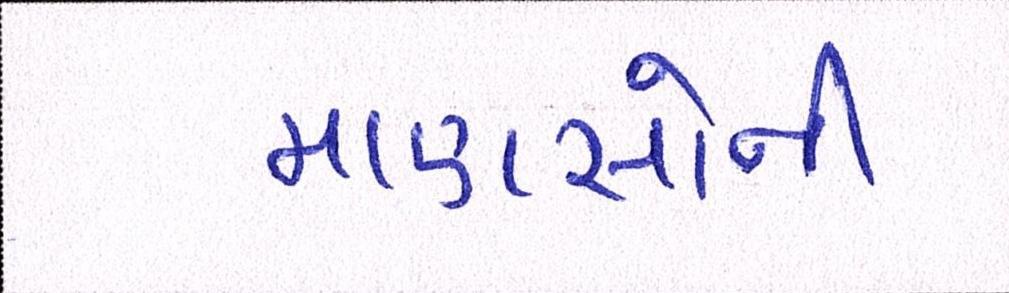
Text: માણસોની